Report on vaccination North-West Frontier Province 1904-1922 - 1904-1922
Year: 1904
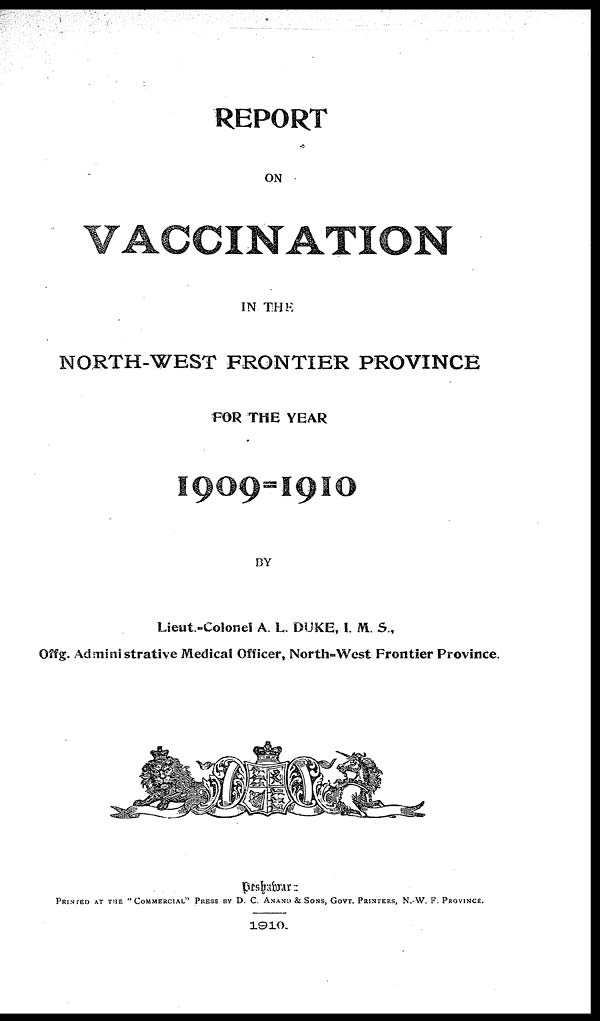
REPORT
ON
VACCINATION
IN THE
NORTH-WEST FRONTIER PROVINCE
FOR THE YEAR
1909-1910
BY
Lieut.-Colonel A. L. DUKE, I. M. S.,
Offg. Administrative Medical Officer, North-West Frontier Province.
Peshawar :
PRINTED AT THE "COMMERCIAL" PRESS BY D. C. ANAND & SONS, GOVT. PRINTERS, N.-W. F. PROVINCE.
1910.